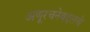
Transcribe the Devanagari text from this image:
अणूरचनेबद्दलचे